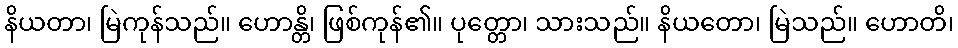
နိယတာ၊ မြဲကုန်သည်။ ဟောန္တိ၊ ဖြစ်ကုန်၏။ ပုတ္တော၊ သားသည်။ နိယတော၊ မြဲသည်။ ဟောတိ၊